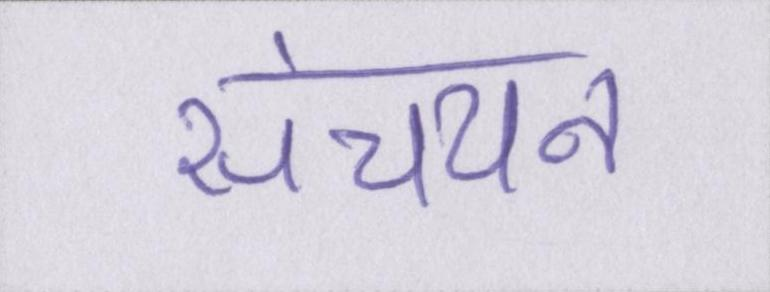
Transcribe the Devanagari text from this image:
संचयन